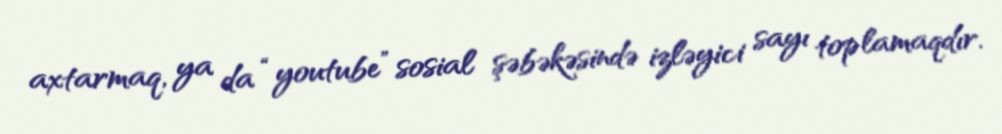
axtarmaq, ya da “youtube” sosial şəbəkəsində izləyici sayı toplamaqdır.